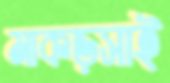
মাকড়সাই